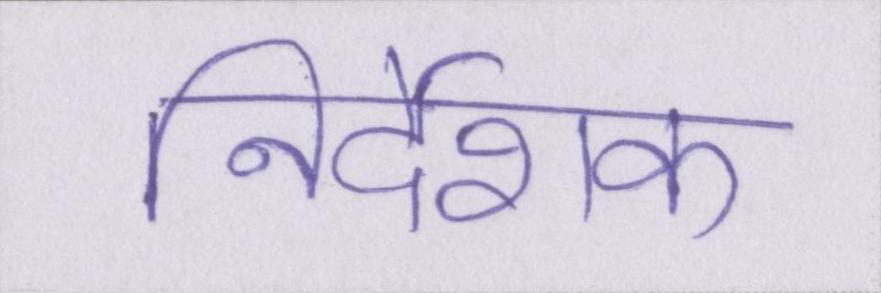
निर्देशक